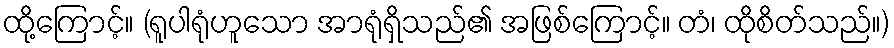
ထို့ကြောင့်။ (ရူပါရုံဟူသော အာရုံရှိသည်၏ အဖြစ်ကြောင့်။ တံ၊ ထိုစိတ်သည်။)